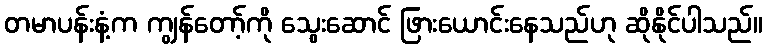
တမာပန်းနံ့က ကျွန်တော့်ကို သွေးဆောင် ဖြားယောင်းနေသည်ဟု ဆိုနိုင်ပါသည်။